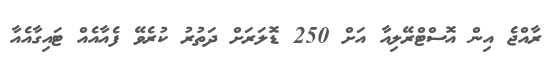
ރާއްޖެ އިން އޮސްޓްރޭލިއާ އަށް 250 ޑޮލަރަށް ދަތުރު ކުރެވޭ ފެއާއެއް ޓައިގާއެއާ